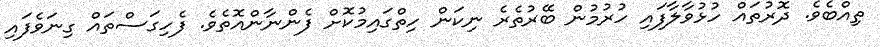
ތިއްބެވެ. ދޮރުތައް ހުޅުވާލާފައި ހުރުމުން ބޭރުތެރެ ނިކަން ހިތްގައިމުކޮށް ފެންނާންއޮތެވެ. ފެހިގަސްތައް ގިނަވެފައި